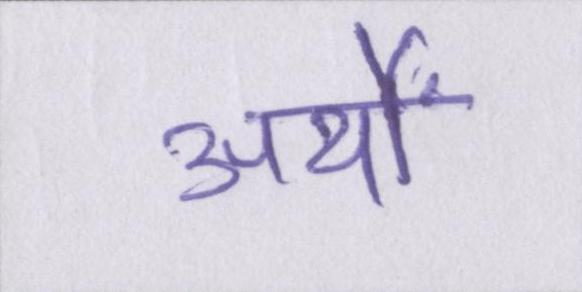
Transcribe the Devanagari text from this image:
अर्थों